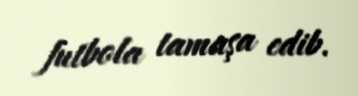
futbola tamaşa edib.